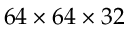
6 4 \times 6 4 \times 3 2